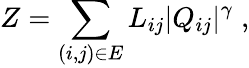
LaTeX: Z=\sum_{(i,j)\in E}L_{ij}|Q_{ij}|^{\gamma}\; ,